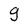
Character: g